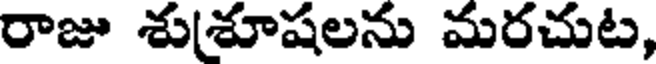
రాజు శు(శూషలను మరచుట,